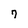
Character: 7